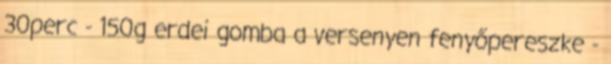
30perc - 150g erdei gomba a versenyen fenyőpereszke -